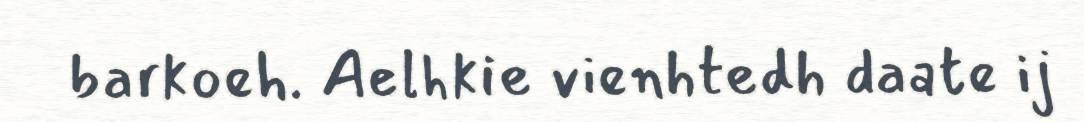
barkoeh. Aelhkie vienhtedh daate ij